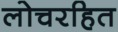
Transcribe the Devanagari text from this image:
लोचरहित